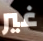
غير